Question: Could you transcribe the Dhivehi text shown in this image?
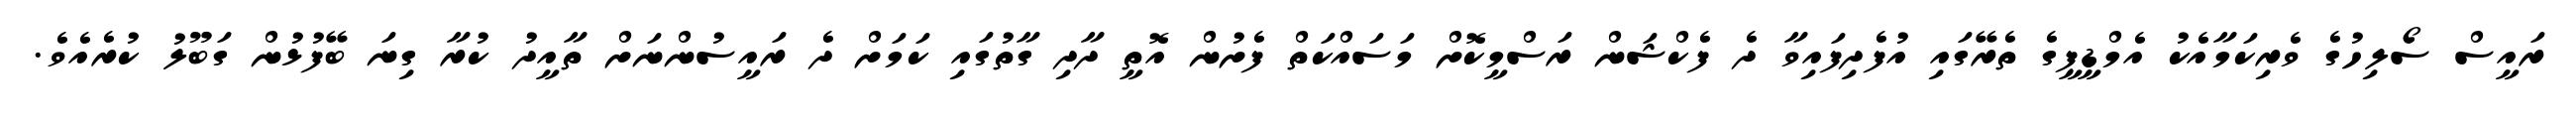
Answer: ރައީސް ސޯލިހުގެ ވެރިކަމާއެކު އެމްޑީޕީގެ ތެރޭގައި އުފެދިފައިވާ ދެ ފެކްޝަން ރަސްމީކޮށް މަސައްކަތް ފެށުން އޮތީ ދާދި ގާތުގައި ކަމަށް ދެ ރައީސުންނަށް ތާއީދު ކުރާ ގިނަ ބޭފުޅުން ގަބޫލު ކުރެއެވެ.